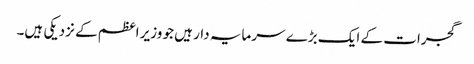
گجرات کے ایک بڑے سرمایہ دار ہیں جو وزیر اعظم کے نزدیکی ہیں۔